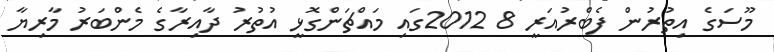
މޫސަގެ އިތުރުން ފެބްރުއަރީ 8 2012ގައި މައްޗަންގޮޅީ އުތުރު ދާއިރާގެ މެންބަރު މާރިޔާ